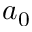
a _ { 0 }